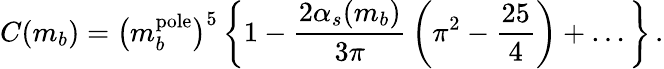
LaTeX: C(m_{b})=\big(m_{b}^{\mathrm{pole}}\big)^{5}\, \bigg\{ 1-{\frac{2\alpha_{s}(m_{b})}{3\pi}}\, \bigg(\pi^{2}-{\frac{25}{4}}\bigg)+\ldots\bigg\} \, .